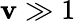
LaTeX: \mathbf{v}\gg1